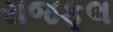
રાજફૂલ